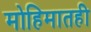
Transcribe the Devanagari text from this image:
मोहिमातही